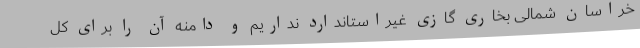
خراسان شمالی بخاری گازی غیراستاندارد نداریم و دامنه آن را برای کل